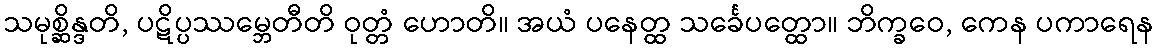
သမုစ္ဆိန္ဒတိ, ပဋိပ္ပဿမ္ဘေတီတိ ဝုတ္တံ ဟောတိ။ အယံ ပနေတ္ထ သင်္ခေပတ္ထော။ ဘိက္ခဝေ, ကေန ပကာရေန